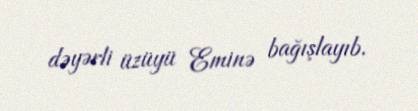
dəyərli üzüyü Eminə bağışlayıb.